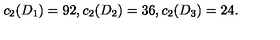
c _ { 2 } ( D _ { 1 } ) = 9 2 , c _ { 2 } ( D _ { 2 } ) = 3 6 , c _ { 2 } ( D _ { 3 } ) = 2 4 .